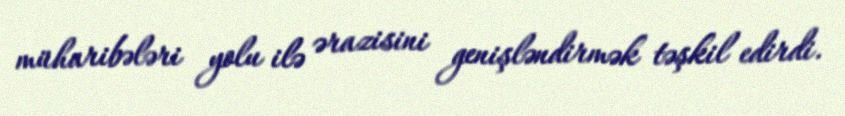
müharibələri yolu ilə ərazisini genişləndirmək təşkil edirdi.